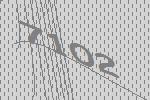
7102